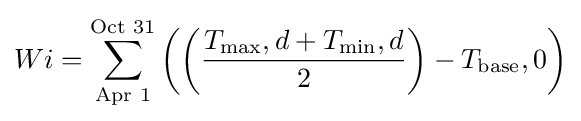
Wi=\sum _{\text{Apr 1}}^{\text{Oct 31}}\left(\left({\frac {T_{\text{max}},d+T_{\text{min}},d}{2}}\right)-T_{\text{base}},0\right)